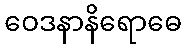
ဝေဒနာနိရောဓေ